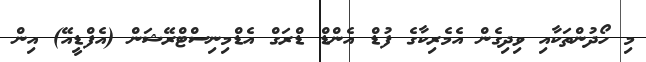
މި ހޯދުންތަކާއި ވިދިގެން އެމެރިކާގެ ފުޑް އެންޑް ޑްރަގް އެޑްމިނިސްޓްރޭޝަން (އެފްޑީއޭ) އިން